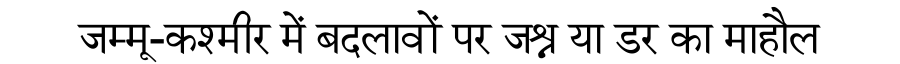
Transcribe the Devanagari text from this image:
जम्मू-कश्मीर में बदलावों पर जश्न या डर का माहौल